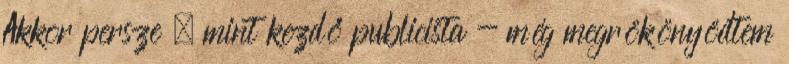
Akkor persze – mint kezdő pub­licista - még megrökönyöd­tem